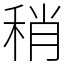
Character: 稍